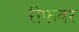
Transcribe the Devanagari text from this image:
रीफवर